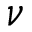
\nu